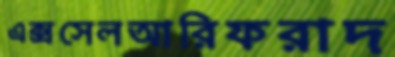
এক্সসেলআরিফরাদ